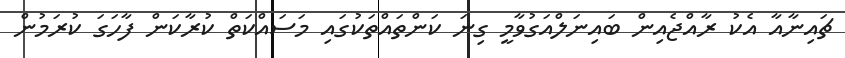
ޗައިނާއާ އެކު ރާއްޖެއިން ބައިނަލްއަގުވާމީ ގިނަ ކަންތައްތަކުގައި މަސައްކަތް ކުރާކަން ފާހަގަ ކުރަމުން